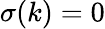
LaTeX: \sigma(k)=0